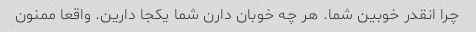
چرا انقدر خوبین شما. هر چه خوبان دارن شما یکجا دارین. واقعا ممنون